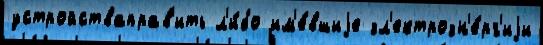
устройстваправ'ить л'и́бо им'е́вшиjе эл'ектроэн'е́рг'иjи